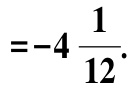
$=-4\frac{1}{12}.$